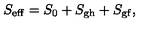
S _ { \mathrm { e f f } } = S _ { 0 } + S _ { \mathrm { g h } } + S _ { \mathrm { g f } } ,